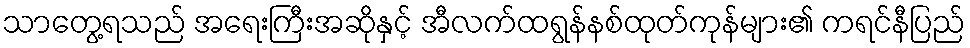
သာတွေ့ရသည် အရေးကြီးအဆိုနှင့် အီလက်ထရွန်နစ်ထုတ်ကုန်များ၏ ကရင်နီပြည်